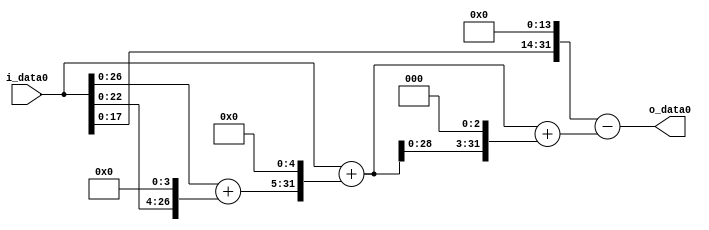
module multiplier_block (
    i_data0,
    o_data0
);

  // Port mode declarations:
  input   [31:0] i_data0;
  output  [31:0]
    o_data0;

  //Multipliers:

  wire [31:0]
    w1,
    w16,
    w17,
    w544,
    w545,
    w4360,
    w4905,
    w16384,
    w11479;

  assign w1 = i_data0;
  assign w11479 = w16384 - w4905;
  assign w16 = w1 << 4;
  assign w16384 = w1 << 14;
  assign w17 = w1 + w16;
  assign w4360 = w545 << 3;
  assign w4905 = w545 + w4360;
  assign w544 = w17 << 5;
  assign w545 = w1 + w544;

  assign o_data0 = w11479;

  //multiplier_block area estimate = 6316.83369385294;
endmodule